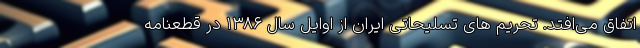
اتفاق می‌افتد. تحریم های تسلیحاتی ایران از اوایل سال ۱۳۸۶ در قطعنامه